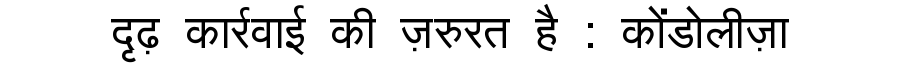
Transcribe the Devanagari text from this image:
दृढ़ कार्रवाई की ज़रुरत है : कोंडोलीज़ा